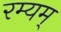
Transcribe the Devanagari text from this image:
रम्यम्